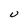
Character: U